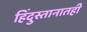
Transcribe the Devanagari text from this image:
हिंदुस्तानातही